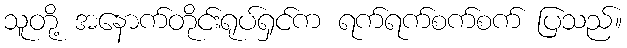
သူတို့ အနောက်တိုင်းရုပ်ရှင်က ရက်ရက်စက်စက် ပြသည်။